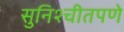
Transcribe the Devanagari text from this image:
सुनिश्चीतपणे